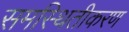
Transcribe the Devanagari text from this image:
समस्थितीकरण